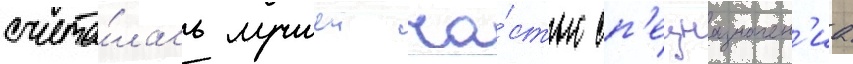
счита́лась лучшеи ча́стью сп'ецназначен'иа